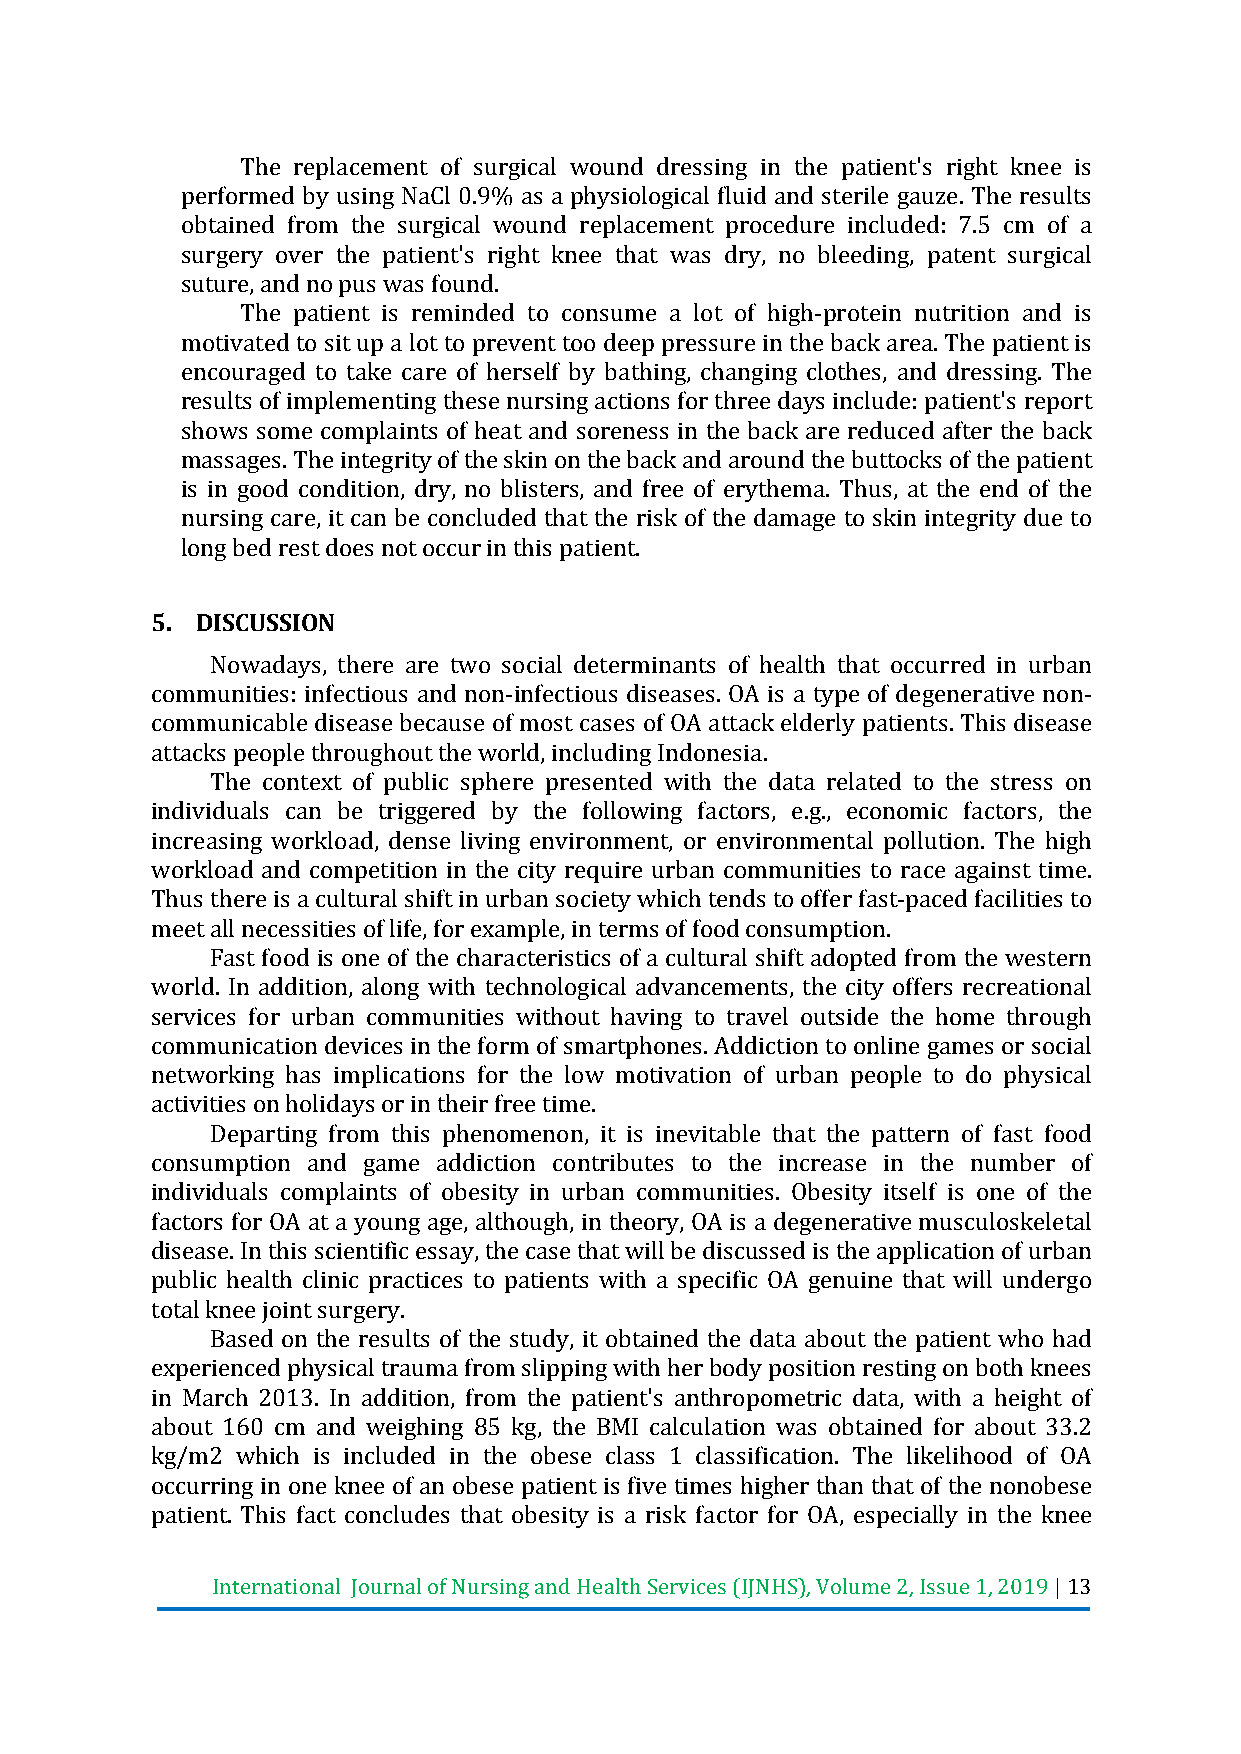
The replacement of surgical wound dressing in the patient's right knee is
 performed by using NaCl 0.9% as a physiological fluid and sterile gauze. The results
 obtained from the surgical wound replacement procedure included: 7.5 cm of a
 surgery over the patient's right knee that was dry, no bleeding, patent surgical
 suture, and no pus was found.
 The patient is reminded to consume a lot of high-protein nutrition and is
 motivated to sit up a lot to prevent too deep pressure in the back area. The patient is
 encouraged to take care of herself by bathing, changing clothes, and dressing. The
 results of implementing these nursing actions for three days include: patient's report
 shows some complaints of heat and soreness in the back are reduced after the back
 massages. The integrity of the skin on the back and around the buttocks of the patient
 is in good condition, dry, no blisters, and free of erythema. Thus, at the end of the
 nursing care, it can be concluded that the risk of the damage to skin integrity due to
 long bed rest does not occur in this patient.
 5. DISCUSSION
 Nowadays, there are two social determinants of health that occurred in urban
 communities: infectious and non-infectious diseases. OA is a type of degenerative non-
 communicable disease because of most cases of OA attack elderly patients. This disease
 attacks people throughout the world, including Indonesia.
 The context of public sphere presented with the data related to the stress on
 individuals can be triggered by the following factors, e.g., economic factors, the
 increasing workload, dense living environment, or environmental pollution. The high
 workload and competition in the city require urban communities to race against time.
 Thus there is a cultural shift in urban society which tends to offer fast-paced facilities to
 meet all necessities of life, for example, in terms of food consumption.
 Fast food is one of the characteristics of a cultural shift adopted from the western
 world. In addition, along with technological advancements, the city offers recreational
 services for urban communities without having to travel outside the home through
 communication devices in the form of smartphones. Addiction to online games or social
 networking has implications for the low motivation of urban people to do physical
 activities on holidays or in their free time.
 Departing from this phenomenon, it is inevitable that the pattern of fast food
 consumption and game addiction contributes to the increase in the number of
 individuals complaints of obesity in urban communities. Obesity itself is one of the
 factors for OA at a young age, although, in theory, OA is a degenerative musculoskeletal
 disease. In this scientific essay, the case that will be discussed is the application of urban
 public health clinic practices to patients with a specific OA genuine that will undergo
 total knee joint surgery.
 Based on the results of the study, it obtained the data about the patient who had
 experienced physical trauma from slipping with her body position resting on both knees
 in March 2013. In addition, from the patient's anthropometric data, with a height of
 about 160 cm and weighing 85 kg, the BMI calculation was obtained for about 33.2
 kg/m2 which is included in the obese class 1 classification. The likelihood of OA
 occurring in one knee of an obese patient is five times higher than that of the nonobese
 patient. This fact concludes that obesity is a risk factor for OA, especially in the knee
 International Journal of Nursing and Health Services (IJNHS), Volume 2, Issue 1, 2019 | 13